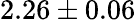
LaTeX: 2.26\pm 0.06